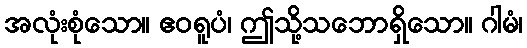
အလုံးစုံသော။ ဧဝရူပံ၊ ဤသို့သဘောရှိသော။ ဂါမံ၊